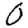
Digit: 0